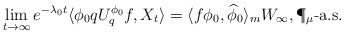
\begin{align*}\lim_{t\to\infty}e^{-\lambda_{0}t}\langle\phi_0qU^{\phi_0}_qf,X_t\rangle=\langle f\phi_0,{\widehat \phi}_0\rangle_m W_\infty, \P_{\mu}\mbox{-a.s.}\end{align*}